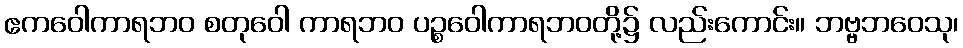
ဧကဝေါကာရဘဝ စတုဝေါ ကာရဘဝ ပဉ္စဝေါကာရဘဝတို့၌ လည်းကောင်း။ ဘဗ္ဗဘဝေသု၊